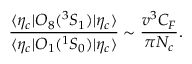
{ \frac { \langle \eta _ { c } | { \cal O } _ { 8 } ( { } ^ { 3 } S _ { 1 } ) | \eta _ { c } \rangle } { \langle \eta _ { c } | { \cal O } _ { 1 } ( { } ^ { 1 } S _ { 0 } ) | \eta _ { c } \rangle } } \sim { \frac { v ^ { 3 } C _ { F } } { \pi N _ { c } } } .